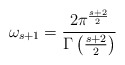
\begin{align*}\omega_{s+1}={2\pi^{s+2\over 2}\over \Gamma\left({s+2\over 2}\right)}\end{align*}